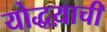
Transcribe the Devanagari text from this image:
योद्धय़ाची